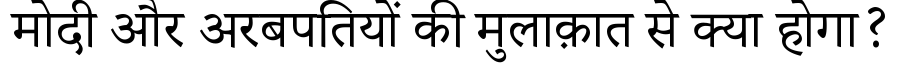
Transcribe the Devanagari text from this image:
मोदी और अरबपतियों की मुलाक़ात से क्या होगा?